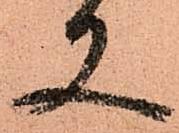
又